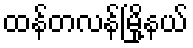
ထန်တလန်မြို့နယ်